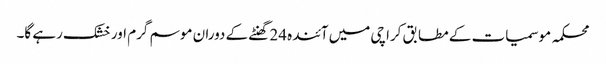
محکمہ موسمیات کے مطابق کراچی میں آئندہ 24 گھنٹے کے دوران موسم گرم اور خشک رہے گا۔